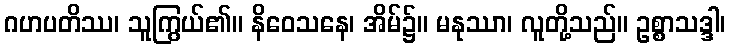
ဂဟပတိဿ၊ သူကြွယ်၏။ နိဝေသနေ၊ အိမ်၌။ မနုဿာ၊ လူတို့သည်။ ဥစ္စာသဒ္ဒါ၊